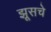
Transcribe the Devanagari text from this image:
झूसचे